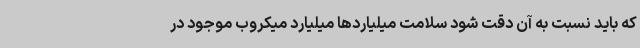
که باید نسبت به آن دقت شود سلامت میلیاردها میلیارد میکروب موجود در